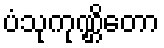
ပံသုကုဏ္ဌိတော